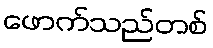
ဖောက်သည်တစ်